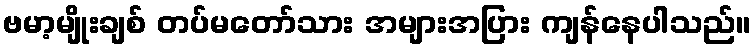
ဗမာ့မျိုးချစ် တပ်မတော်သား အများအပြား ကျန်နေပါသည်။